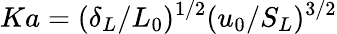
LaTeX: Ka=(\delta_{L}/L_{0})^{1/2}(u_{0}/S_{L})^{3/2}